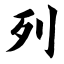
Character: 列